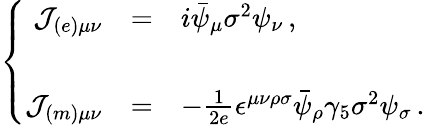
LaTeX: \left\{ \begin{array}{rcl}{{{\cal J}_{(e)\mu\nu}}}&{{=}}&{{i\bar{\psi}_{\mu}\sigma^{2}\psi_{\nu}\, ,}}\\ {{}}&{{}}&{{}}\\ {{{\cal J}_{(m)\mu\nu}}}&{{=}}&{{-\frac{1}{2e}\epsilon^{\mu\nu\rho\sigma}\bar{\psi}_{\rho}\gamma_{5}\sigma^{2}\psi_{\sigma}\, .}}\end{array}\right.